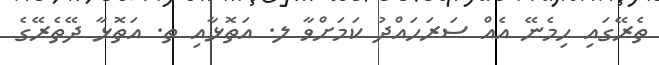
ތެރޭގައި ހިމެނޭ އެއް ސަރަހައްދު ކަމަށްވާ ލ. އަތޮޅާއި ތ. އަތޮޅާ ދޭތެރޭގެ